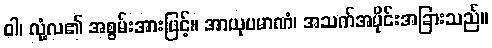
ဝါ၊ လုံ့လ၏ အစွမ်းအားဖြင့်။ အာယုပမာဏံ၊ အသက်အပိုင်းအခြားသည်။